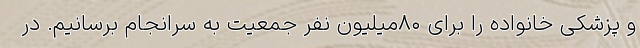
و پزشکی خانواده را برای ۸۰میلیون نفر جمعیت به سرانجام برسانیم. در